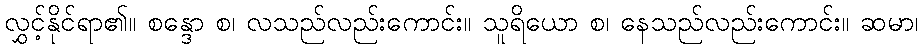
လွှင့်နိုင်ရာ၏။ စန္ဒော စ၊ လသည်လည်းကောင်း။ သူရိယော စ၊ နေသည်လည်းကောင်း။ ဆမာ၊